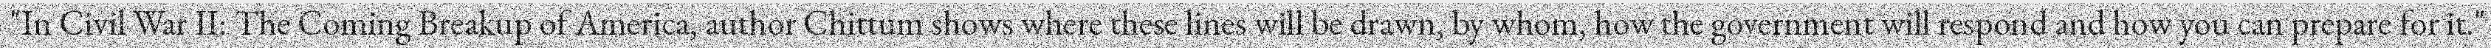
"In Civil War II: The Coming Breakup of America, author Chittum shows where these lines will be drawn, by whom, how the government will respond and how you can prepare for it."